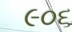
૯૦૬